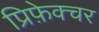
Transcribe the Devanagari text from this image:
प्रिफ़ेक्चर